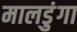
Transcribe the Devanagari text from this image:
मालडुंगा